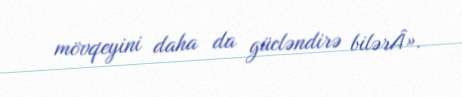
mövqeyini daha da gücləndirə bilərÂ».